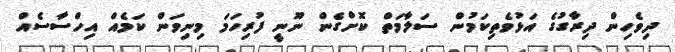
ދިވެހިން ދިރާގުގެ އަޅުވެތިކަމުން ސަލާމަތް ކޮށްގެން ނޫނީ ފުރިހަމަ މިނިވަން ކަމެއް އިހްސާސެއް